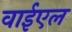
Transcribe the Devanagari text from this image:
वाईएल